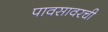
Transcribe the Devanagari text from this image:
पावसावरची